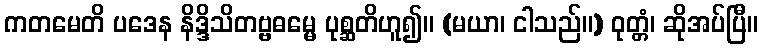
ကတမေတိ ပဒေန နိဒ္ဒိသိတဗ္ဗဓမ္မေ ပုစ္ဆတိဟူ၍။ (မယာ၊ ငါသည်။) ဝုတ္တံ၊ ဆိုအပ်ပြီ။